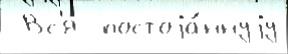
 Вс'я  постоjа́ннуjу